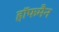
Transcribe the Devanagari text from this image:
हाॅफमैन